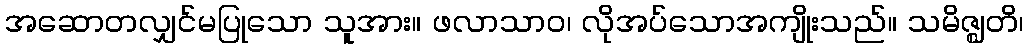
အဆောတလျှင်မပြုသော သူအား။ ဖလာသာဝ၊ လိုအပ်သောအကျိုးသည်။ သမိဇ္ဈတိ၊